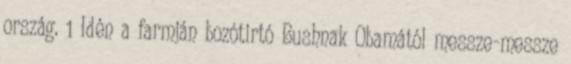
ország. 1 Idén a farmján bozótirtó Bushnak Obamától messze-messze